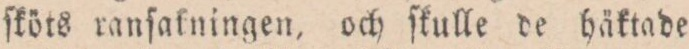
ſköts ranſakningen, och ſkulle de häktade